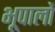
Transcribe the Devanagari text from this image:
भूपालों